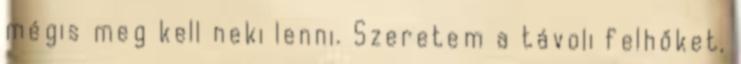
mégis meg kell neki lenni. Szeretem a távoli felhőket,